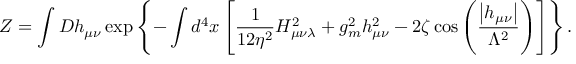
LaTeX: { \cal Z } = \int { \cal D } h _ { \mu \nu } \exp \left\{ - \int d ^ { 4 } x \left[ \frac { 1 } { 1 2 \eta ^ { 2 } } H _ { \mu \nu \lambda } ^ { 2 } + g _ { m } ^ { 2 } h _ { \mu \nu } ^ { 2 } - 2 \zeta \cos \left( \frac { \left| h _ { \mu \nu } \right| } { \Lambda ^ { 2 } } \right) \right] \right\} .